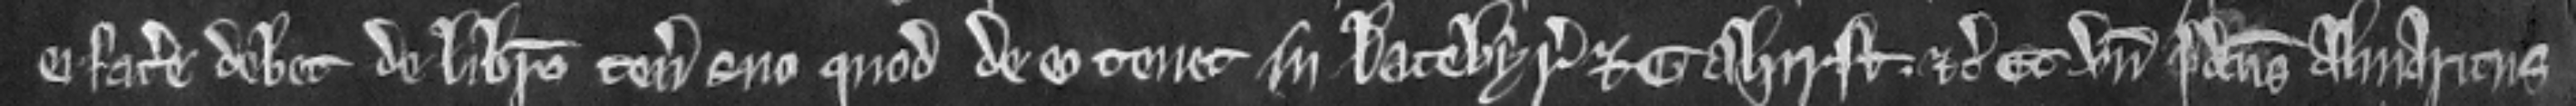
ei facere debet de libero tenemento suo quod de eo tenet in Latebyr et Gahirst. etc. Et unde predictus Almaricus